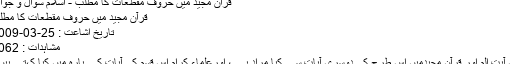
قرآن مجید میں حروف مقطعات کا مطلب - اسلام سوال و جواب
قرآن مجید میں حروف مقطعات کا مطلب
تاریخ اشاعت : 25-03-2009
مشاہدات : 8062
اس آيت الم اور قرآن مجیدمیں اس طرح کی دوسری آیات سے کیا مراد ہے ، اورعلماء کرام اس قسم کی آیات کے بارہ میں کیا کہتے ہیں ؟